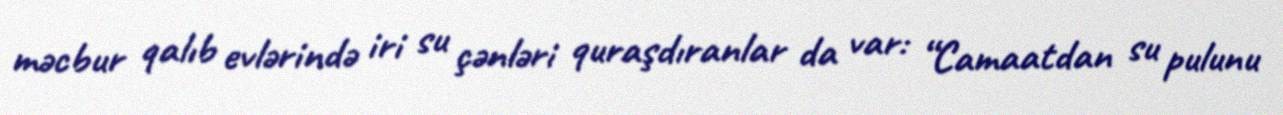
məcbur qalıb evlərində iri su çənləri quraşdıranlar da var: “Camaatdan su pulunu